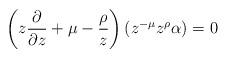
LaTeX: \begin{align*} \left ( z \frac{\partial}{\partial z} + \mu - \frac{\rho}{z} \right) (z^{-\mu}z^\rho \alpha) = 0 \end{align*}